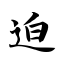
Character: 迫